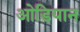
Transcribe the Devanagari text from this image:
ओडियान